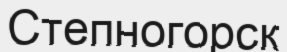
Степногорск